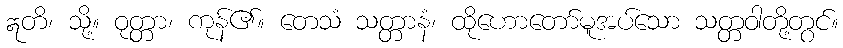
ဣတိ၊ သို့။ ဝုတ္တာ၊ ကုန်၏။ တေသံ သတ္တာနံ၊ ထိုဟောတော်မူအပ်သော သတ္တဝါတို့တွင်။